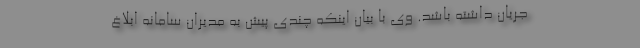
جریان داشته باشد. وی با بیان اینکه چندی پیش به مدیران سامانه ابلاغ